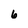
Character: 6